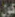
كون